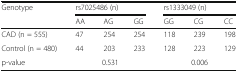
| <ROWSPAN=2> Genotype | <COLSPAN=3> rs7025486 (n) | <COLSPAN=3> rs1333049 (n) |
 | AA | AG | GG | GG | CG | CC |
 | --- | --- | --- | --- | --- | --- | --- |
 | CAD (n = 555) | 47 | 254 | 254 | 118 | 239 | 198 |
 | Control (n = 480) | 44 | 203 | 233 | 128 | 223 | 129 |
 | p-value | <COLSPAN=3> 0.531 | <COLSPAN=3> 0.006 |